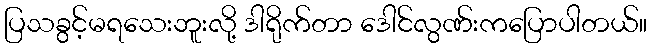
ပြသခွင့်မရသေးဘူးလို့ ဒါရိုက်တာ ဒေါင်လွဏ်းကပြောပါတယ်။